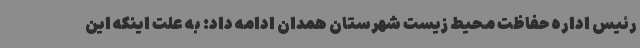
رئیس اداره حفاظت محیط زیست شهرستان همدان ادامه داد: به علت اینکه این